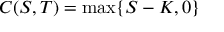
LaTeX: C ( S , T ) = \operatorname* { m a x } \{ S - K , 0 \}